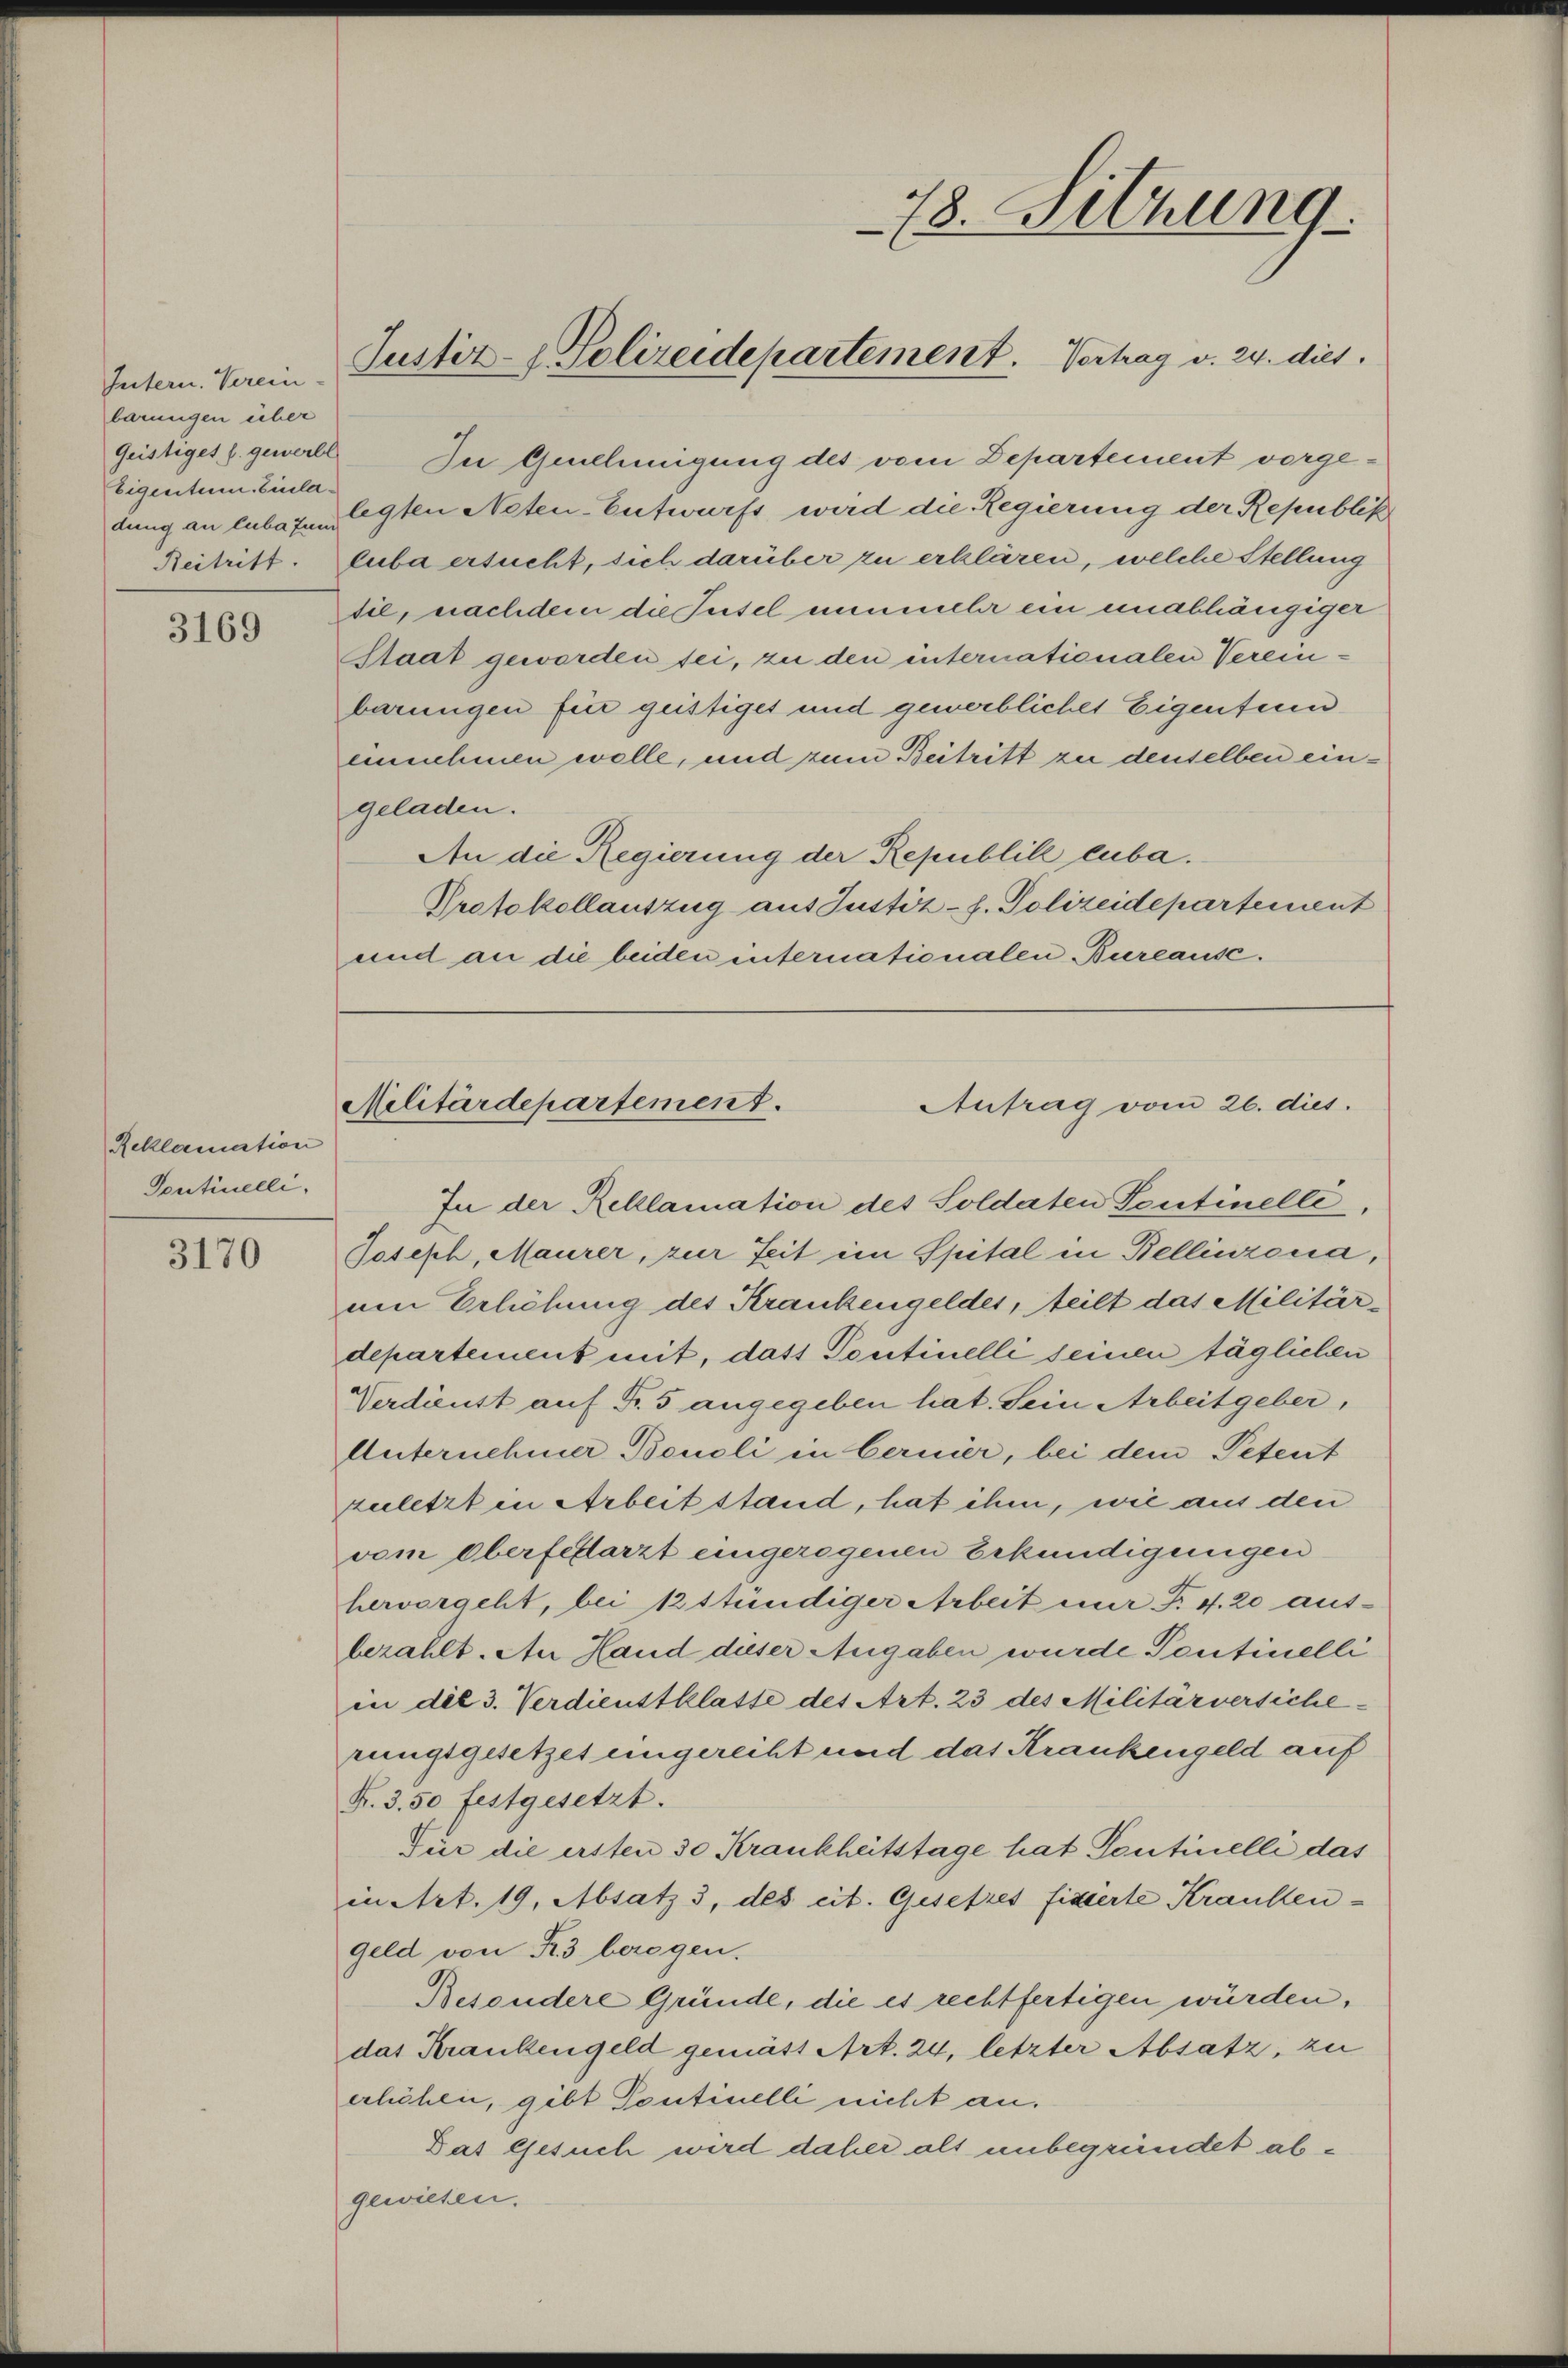
Intern. Verein-
barungen über
Eigentum. Einladung an luba zum

3169

Reklamation
Pontinelli,

3170

Justiz- & Polizeidepartement. Vertrag v. 24. dies

Geistiges gewerbt. In Genehmigung des vom Departement vorgelegten Neten-Entwurfs wird die Regierung der Republik
Reitritt. Guba ersucht, sich darüber zu erklären, welche Stellung
die, nachdem die Jusel nunmehr ein unabhängiger
Staat geworden sei, zu den internationalen Vereinbarungen für geistiget und gewerbliches Eigenfein
einnehmen wolle, und zum Beitritt zu denselben eingeladen.
An die Regierung der Republik cuba.
Protokollauszug aus Justiz- h. Polizeidepartement
und an die beiden internationalen Bureause.

78. Sitzung

Militärdepartement.
Antrag vom 26. dies.

In der Reklamation des Soldaten Sentinelle.
Joseph, Maurer, zur Zeit im Spital in Bellinzona,
um Erhöhung des Krankengeldes, teilt das Militärdepartement mit, dass Pontinelli seinen täglichen
Verdienst auf Fr. 5 angegeben hat. Sein Arbeitgeber,
Unternehmer Benoli in bernier, bei dem Petent
zuletzt in Arbeit stand, hat ihm, wie aus den
vom oberfeflarzt eingezogenen Erkundigungen
hervorgeht, bei 1 stündiger Arbeit nur Fr. 4. 20 aus-
bezahlt. An Hand dieser Angaben wurde Pontinelli
in die 3. Verdienstklatte des Art. 23 des Militärversiche
rungsgesetzes eingereiht und das Krankengeld auf
F. 3. 50 festgesetzt.
Für die ersten 30 Krankheitstage hat Toutinelli das
in Art. 19, Absatz 3, des cit. Gesetzes fixierte Krankengeld von 3 beregen.
Besondere Gründe, die es rechtfertigen würden,
das Krankengeld gemäss Art. 24, letzter Absatz, zu
erhöhen, gibt Pontinelli nicht an.
Das Gesuch wird daher als unbegründet abgewiesen.